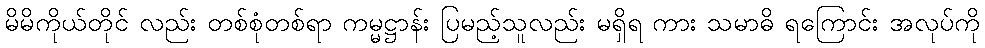
မိမိကိုယ်တိုင် လည်း တစ်စုံတစ်ရာ ကမ္မဋ္ဌာန်း ပြမည့်သူလည်း မရှိရ ကား သမာဓိ ရကြောင်း အလုပ်ကို